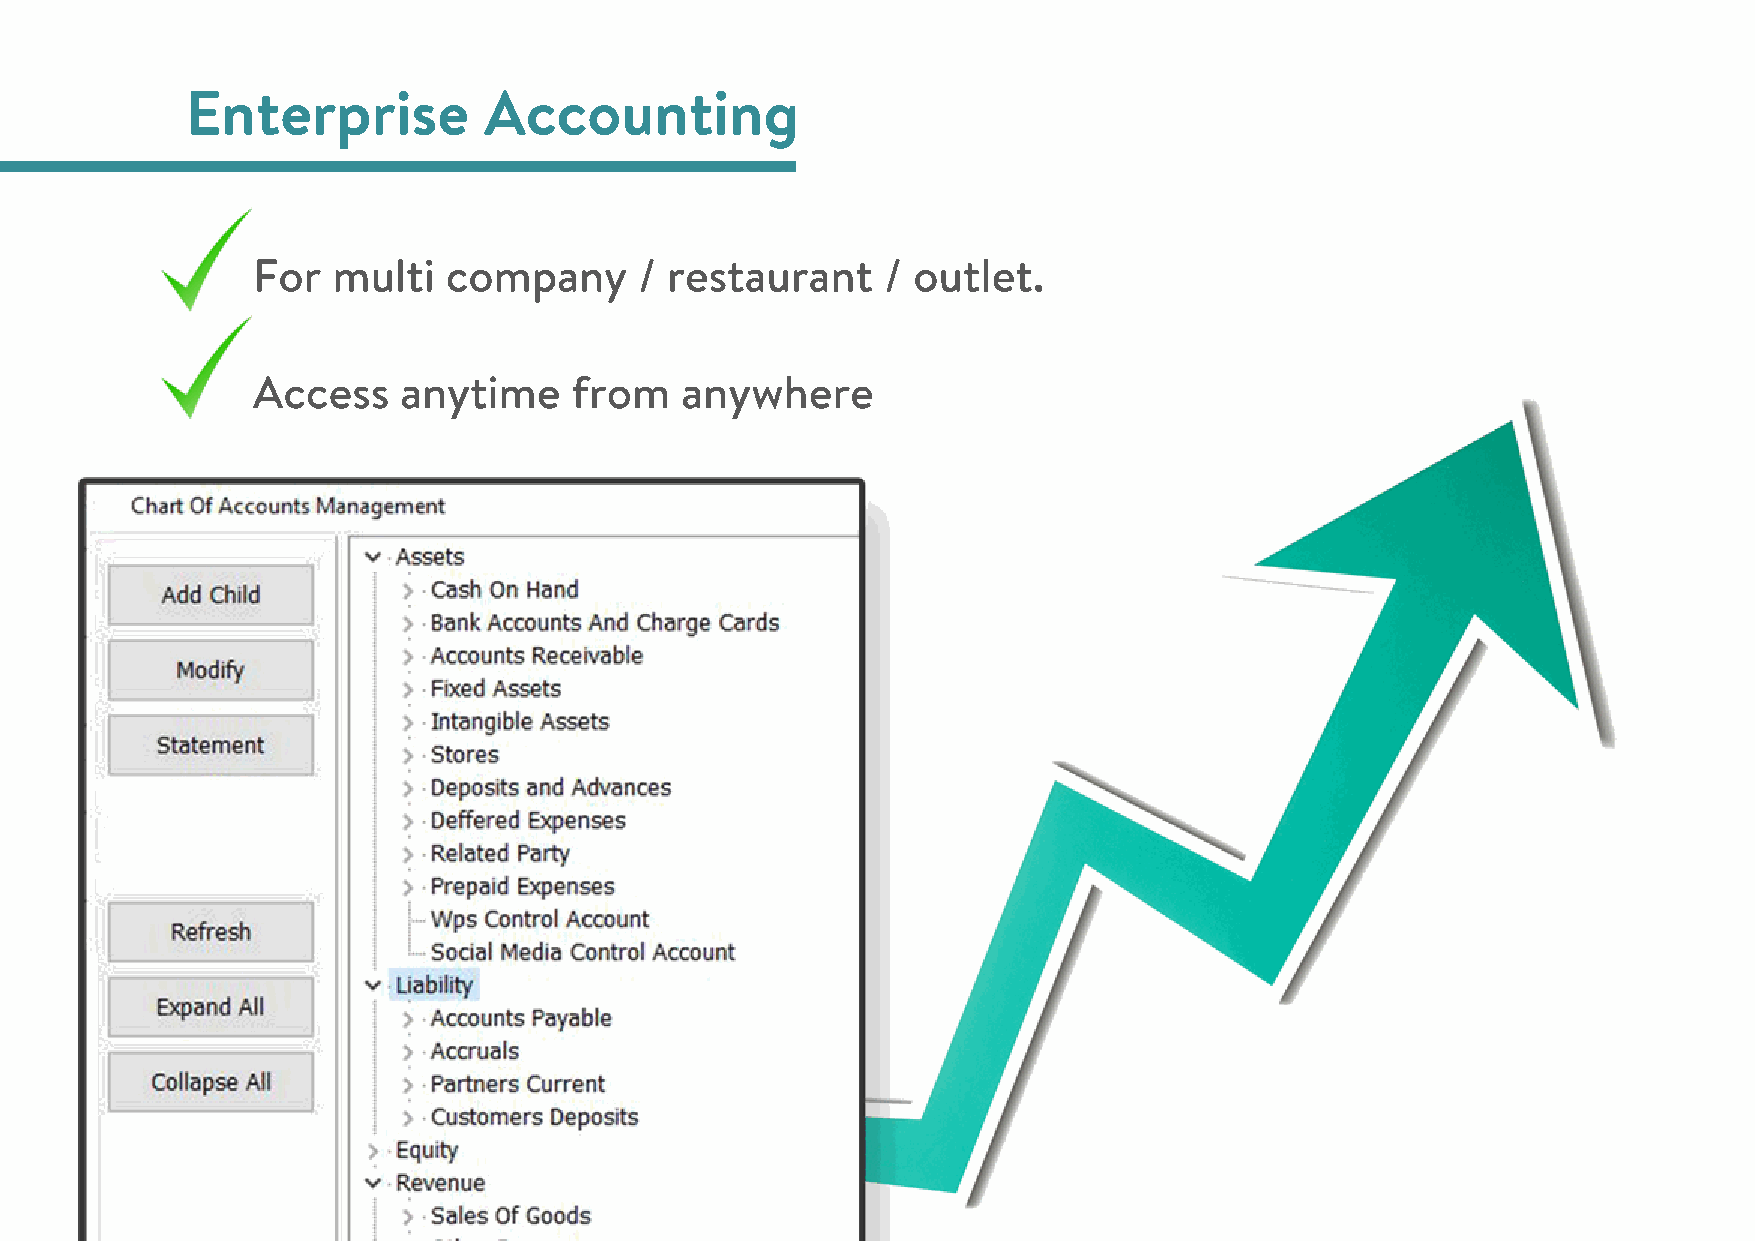
Enterprise          Accounting
 For  multi  company      / restaurant    / outlet.
 Access   anytime     from   anywhere